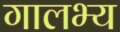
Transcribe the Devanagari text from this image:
गालभ्य